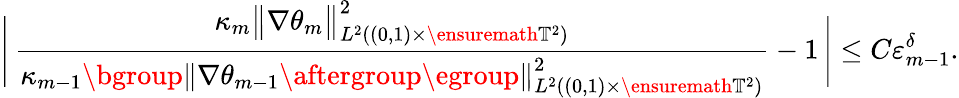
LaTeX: \Biggl|\, \frac{\kappa_{m}\big\| \nabla{\theta}_{m}\big\| _{L^{2}((0,1)\times\ensuremath{\mathbb{T}}^{2})}^{2}}{\kappa_{m-1}\mathopen{}\mathclose\bgroup\left\| \nabla\theta_{m-1}\aftergroup\egroup\right\| _{L^{2}((0,1)\times\ensuremath{\mathbb{T}}^{2})}^{2}}-1\, \Biggr|\leq C\varepsilon_{m-1}^{\delta}.